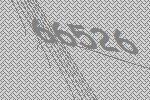
66526